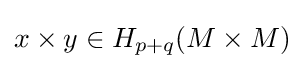
x\times y\in H_{p+q}(M\times M)